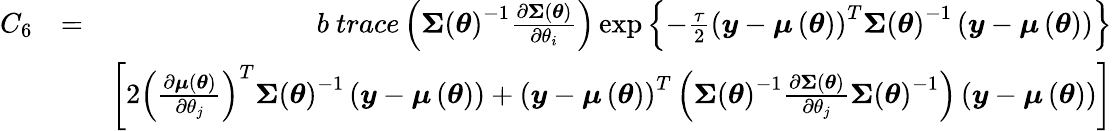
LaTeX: \begin{array}{rlr}{C_{6}}&{=}&{b\mathrm{~}trace\left(\boldsymbol{\Sigma}\left(\boldsymbol{\theta}\right)^{-1}\frac{\partial\boldsymbol{\Sigma}\left(\boldsymbol{\theta}\right)}{\partial\theta_{i}}\right)\exp\left\{ -\frac{\tau}{2}\left(\boldsymbol{y}-\boldsymbol{\mu}\left(\boldsymbol{\theta}\right)\right)^{T}\boldsymbol{\Sigma}\left(\boldsymbol{\theta}\right)^{-1}\left(\boldsymbol{y}-\boldsymbol{\mu}\left(\boldsymbol{\theta}\right)\right)\right\} }\\ &{}&{\left[2\left(\frac{\partial\boldsymbol{\mu}\left(\boldsymbol{\theta}\right)}{\partial\theta_{j}}\right)^{T}\boldsymbol{\Sigma}\left(\boldsymbol{\theta}\right)^{-1}\left(\boldsymbol{y}-\boldsymbol{\mu}\left(\boldsymbol{\theta}\right)\right)+\left(\boldsymbol{y}-\boldsymbol{\mu}\left(\boldsymbol{\theta}\right)\right)^{T}\left(\boldsymbol{\Sigma}\left(\boldsymbol{\theta}\right)^{-1}\frac{\partial\boldsymbol{\Sigma}\left(\boldsymbol{\theta}\right)}{\partial\theta_{j}}\boldsymbol{\Sigma}\left(\boldsymbol{\theta}\right)^{-1}\right)\left(\boldsymbol{y}-\boldsymbol{\mu}\left(\boldsymbol{\theta}\right)\right)\right]}\end{array}